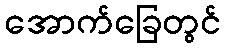
အောက်ခြေတွင်